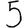
Digit: 5